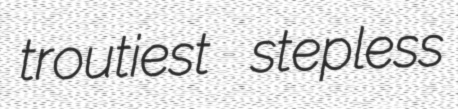
troutiest stepless